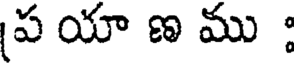
ప యా ణ ము :